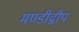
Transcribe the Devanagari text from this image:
मण्डीद्वीप